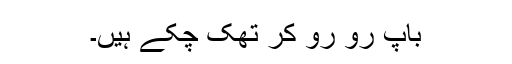
باپ رو رو کر تھک چکے ہیں۔